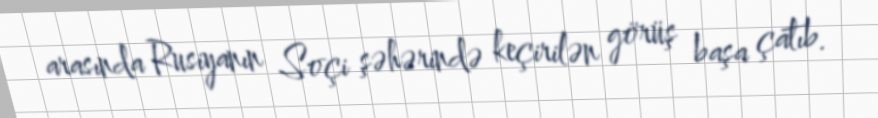
arasında Rusiyanın Soçi şəhərində keçirilən görüş başa çatıb.